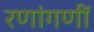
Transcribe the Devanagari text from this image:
रणांगणीं